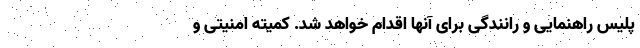
پلیس راهنمایی و رانندگی برای آنها اقدام خواهد شد. کمیته امنیتی و